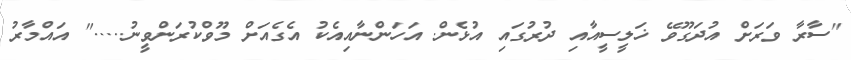
"ސާރާ ވަރަށް އުދަގޫވޭ ޚަލީސީއާއި ދުރުގައި އުޅެން. އަހަންނާއިއެކު އެގެއަށް މޫވްކުރަންވީނު....." އައްމާރު